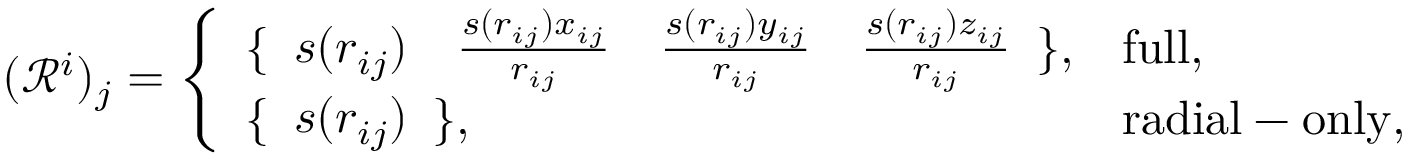
( \mathcal { R } ^ { i } ) _ { j } = \left\{ \begin{array} { l l } { \{ \begin{array} { c c c c } { s ( r _ { i j } ) } & { \frac { s ( r _ { i j } ) x _ { i j } } { r _ { i j } } } & { \frac { s ( r _ { i j } ) y _ { i j } } { r _ { i j } } } & { \frac { s ( r _ { i j } ) z _ { i j } } { r _ { i j } } } \end{array} \} , } & { \mathrm { f u l l } , } \\ { \{ \begin{array} { c } { s ( r _ { i j } ) } \end{array} \} , } & { \mathrm { r a d i a l - o n l y } , } \end{array} \right.